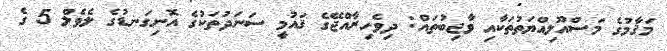
މަޤާމުގެ މަސްއޫލިއްޔަތުތަކާއި ވާޖިބުތައް: ދިވެހިރާއްޖޭގެ ޤައުމީ ސަނަދުތަކުގެ އޮނިގަނޑުގެ ލެވެލް 5 ގެ